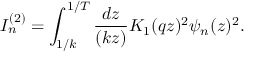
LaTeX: I _ { n } ^ { ( 2 ) } = \int _ { 1 / k } ^ { 1 / T } { \frac { d z } { ( k z ) } } K _ { 1 } ( q z ) ^ { 2 } \psi _ { n } ( z ) ^ { 2 } .